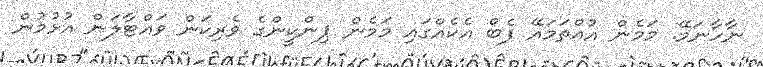
ނާހާނަމޭ. މަމެން އުއްތަމައޭ ފެބް އެކެއްގައި މަމެން ޕިންކީންގެ ވެރިކަން ވައްޓާލަން އުޅުމުން